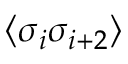
\langle \sigma _ { i } \sigma _ { i + 2 } \rangle